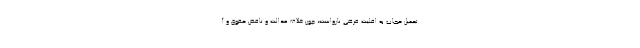
تحمیل حجاب به اقلیتِ فرضی نارواست، چون خلاف عدالت و ناقض حقوق و آ